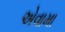
એવામા